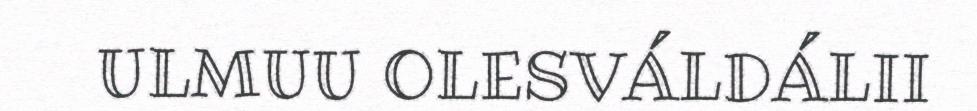
ULMUU OLESVÁLDÁLII